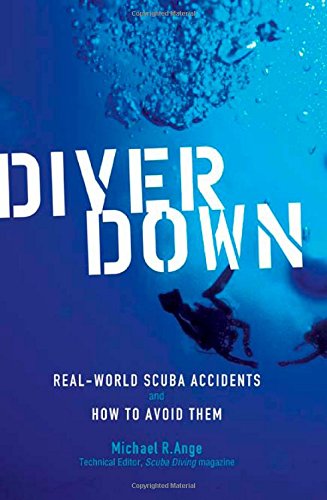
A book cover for Diver Down: Real-World SCUBA Accidents and How to Avoid Them; Michael Ange; Health, Fitness & Dieting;